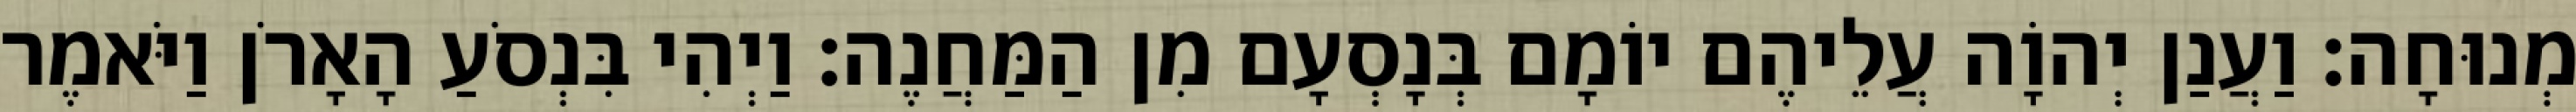
מְנוּחָה׃ וַעֲנַן יְהוָֹה עֲלֵיהֶם יוֹמָם בְּנָסְעָם מִן הַמַּחֲנֶה׃ וַיְהִי בִּנְסֹעַ הָאָרֹן וַיֹּאמֶר